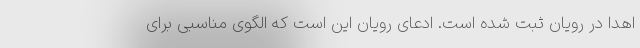
اهدا در رویان ثبت شده است. ادعای رویان این است که الگوی مناسبی برای